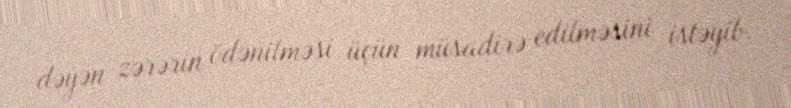
dəyən zərərin ödənilməsi üçün müsadirə edilməsini istəyib.